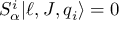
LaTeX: S _ { \alpha } ^ { i } | \ell , J , q _ { i } \rangle = 0